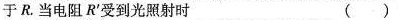
于R。当电阻R^｛\prime｝受到光照射时 ()